Civil Veterinary Dept. Bombay admin report 1923-31 - 1923-1931
Year: 1923
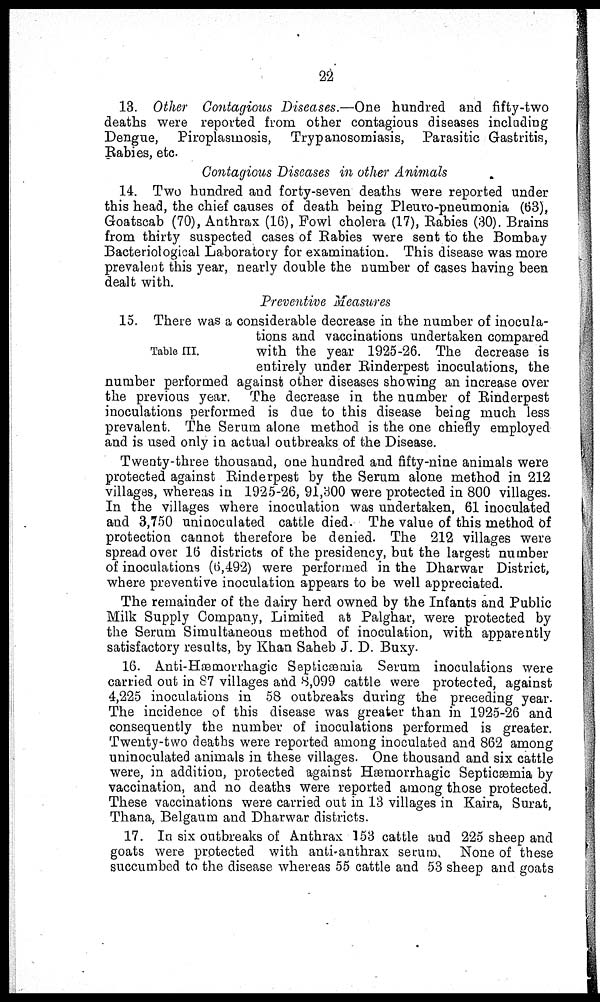
22
13. Other Contagious Diseases.—One hundred and fifty-two
deaths were reported from other contagious diseases including
Dengue, Piroplasmosis, Trypanosomiasis, Parasitic Gastritis,
Rabies, etc.
Contagious Diseases in other Animals
14. Two hundred and forty-seven deaths were reported under
this head, the chief causes of death being Pleuro-pneumonia (63),
Goatscab (70), Anthrax (16), Fowl cholera (17), Rabies (30). Brains
from thirty suspected cases of Rabies were sent to the Bombay
Bacteriological Laboratory for examination. This disease was more
prevalent this year, nearly double the number of cases having been
dealt with.
Preventive Measures
Table III.
15. There was a considerable decrease in the number of inocula-
tions and vaccinations undertaken compared
with the year 1925-26. The decrease is
entirely under Rinderpest inoculations, the
number performed against other diseases showing an increase over
the previous year. The decrease in the number of Rinderpest
inoculations performed is due to this disease being much less
prevalent. The Serum alone method is the one chiefly employed
and is used only in actual outbreaks of the Disease.
Twenty-three thousand, one hundred and fifty-nine animals were
protected against Rinderpest by the Serum alone method in 212
villages, whereas in 1925-26, 91,300 were protected in 800 villages.
In the villages where inoculation was undertaken, 61 inoculated
and 3,750 uninoculated cattle died. The value of this method of
protection cannot therefore be denied. The 212 villages were
spread over 16 districts of the presidency, but the largest number
of inoculations (6,492) were performed in the Dharwar District,
where preventive inoculation appears to be well appreciated.
The remainder of the dairy herd owned by the Infants and Public
Milk Supply Company, Limited at Palghar, were protected by
the Serum Simultaneous method of inoculation, with apparently
satisfactory results, by Khan Saheb J. D. Buxy.
16. Anti-Hæmorrhagic Septicæmia Serum inoculations were
carried out in 87 villages and 8,099 cattle were protected, against
4,225 inoculations in 58 outbreaks during the preceding year.
The incidence of this disease was greater than in 1925-26 and
consequently the number of inoculations performed is greater.
Twenty-two deaths were reported among inoculated and 862 among
uninoculated animals in these villages. One thousand and six cattle
were, in addition, protected against Hæmorrhagic Septicaemia by
vaccination, and no deaths were reported among those protected.
These vaccinations were carried out in 13 villages in Kaira, Surat,
Thana, Belgaum and Dharwar districts.
17. In six outbreaks of Anthrax 153 cattle and 225 sheep and
goats were protected with anti-anthrax serum. None of these
succumbed to the disease whereas 55 cattle and 53 sheep and goats